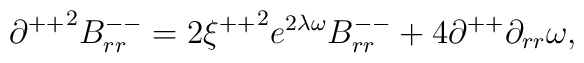
{\partial^{++}}^{2}B^{--}_{rr}=2{\xi^{++}}^{2}e^{2\lambda\omega}B^{--}_{rr}+4\partial^{++}\partial_{rr}\omega  ,